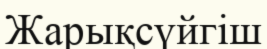
Жарықсүйгіш